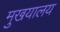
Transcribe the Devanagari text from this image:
मुखयालय